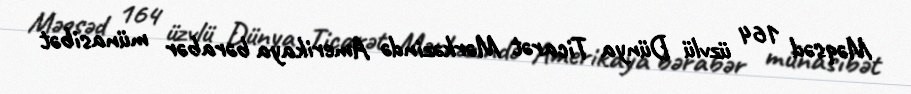
Məqsəd 164 üzvlü Dünya Ticarət Mərkəzində Amerikaya bərabər münasibət